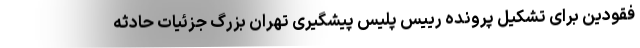
فقودین برای تشکیل پرونده رییس پلیس پیشگیری تهران بزرگ جزئیات حادثه